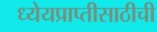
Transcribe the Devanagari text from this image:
ध्येयप्राप्तीसाठीची